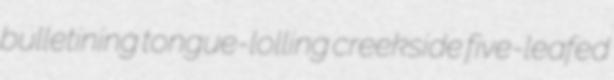
bulletining tongue-lolling creekside five-leafed